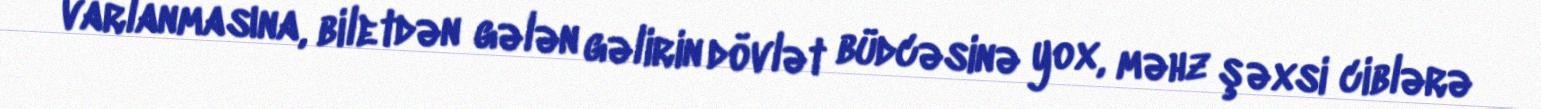
varlanmasına, biletdən gələn gəlirin dövlət büdcəsinə yox, məhz şəxsi ciblərə